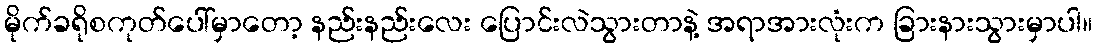
မိုက်ခရိုစကုတ်ပေါ်မှာတော့ နည်းနည်းလေး ပြောင်းလဲသွားတာနဲ့ အရာအားလုံးက ခြားနားသွားမှာပါ။